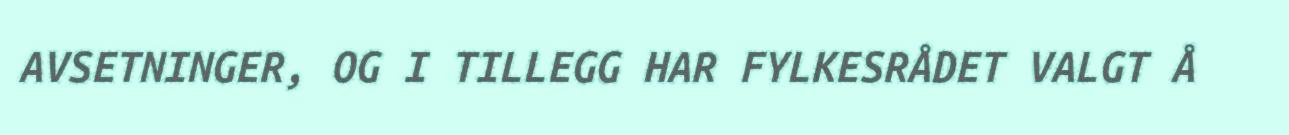
AVSETNINGER, OG I TILLEGG HAR FYLKESRÅDET VALGT Å